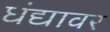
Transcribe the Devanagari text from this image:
धंद्यावर